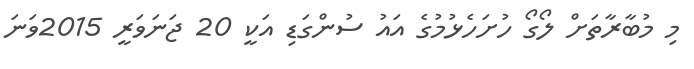
މި މުބާރާތަށް ލޯގޯ ހުށަހެޅުމުގެ އައު ސުންގަޑި އަކީ 20 ޖަނަވަރީ 2015ވަނަ